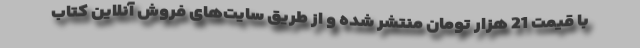
با قیمت 21 هزار تومان منتشر شده و از طریق سایت‌های فروش آنلاین کتاب